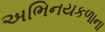
અભિનયકળાના